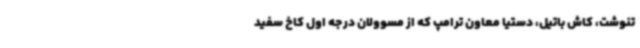
تنوشت، کاش باتیل، دستیا معاون ترامپ که از مسوولان درجه اول کاخ سفید